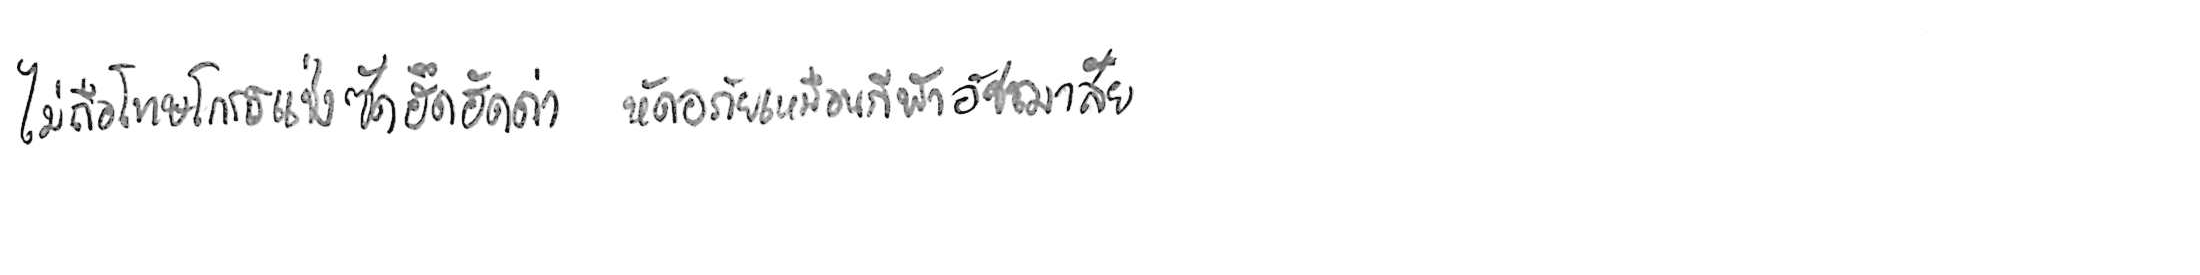
ไม่ถือโทษโกรธแช่งซัดฮึดฮัดด่า หัดอภัยเหมือนกีฬาอัชฌาสัย